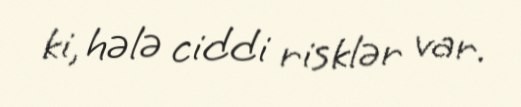
ki, hələ ciddi risklər var.